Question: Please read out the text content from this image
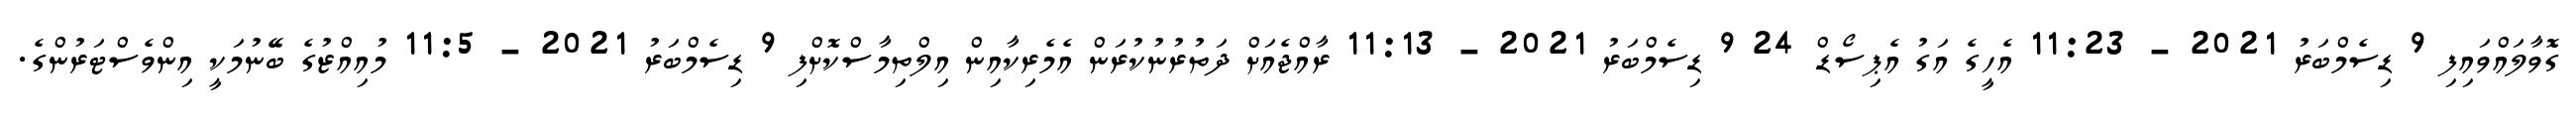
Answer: ގޮވާލައްވައިފި 9 ޑިސެމްބަރު 2021 - 11:23 އެހީގެ އަގު އެޕިސޯޑް 24 9 ޑިސެމްބަރު 2021 - 11:13 ރާއްޖެއަށް ދަތުރުނުކުރަން އެމެރިކާއިން އިލްތިމާސްކޮށްފި 9 ޑިސެމްބަރު 2021 - 11:5 މުއިއްޒުގެ ބޭނުމަކީ އިންވެސްޓަރުންގެ.